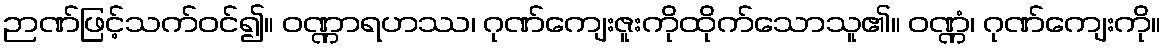
ဉာဏ်ဖြင့်သက်ဝင်၍။ ဝဏ္ဏာရဟဿ၊ ဂုဏ်ကျေးဇူးကိုထိုက်သောသူ၏။ ဝဏ္ဏံ၊ ဂုဏ်ကျေးကို။